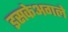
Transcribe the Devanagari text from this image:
इसकेअगले